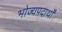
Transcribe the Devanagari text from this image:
भोज्यपदार्थों